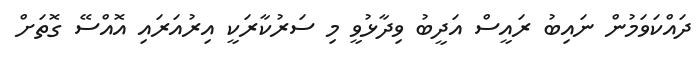
ދައްކަވަމުން ނައިބު ރައީސް އަދީބު ވިދާޅުވީ މި ސަރުކާރަކީ އިރުއަރައި އޮއްސޭ ގޮތަށް